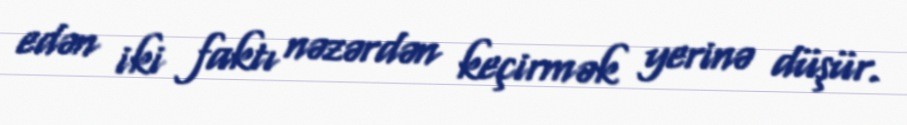
edən iki faktı nəzərdən keçirmək yerinə düşür.